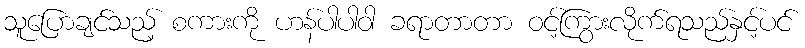
သူပြောချင်သည့် စကားကို ဟန်ပါပါဝါ ခရာတာတာ ဝင့်ကြွားလိုက်ရသည်နှင့်ပင်